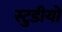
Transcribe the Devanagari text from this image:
स्टुडीयो